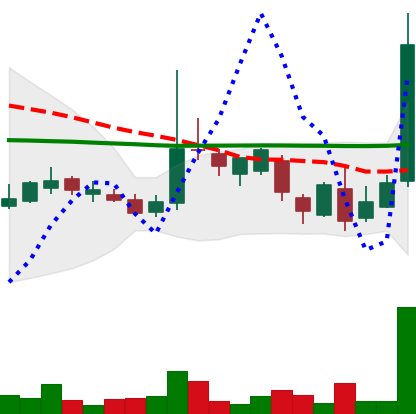
Ticker: LTC-USD
Chart end date: 2017-03-13
Forward return: -4.866%
Label: down_3_5